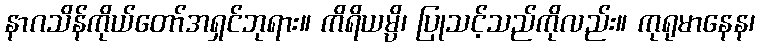
နာဂသိန်ကိုယ်တော်အရှင်ဘုရား။ ကိရိယမ္ပိ၊ ပြုသင့်သည်ကိုလည်း။ ကုရုမာနေန၊